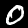
Label: 0